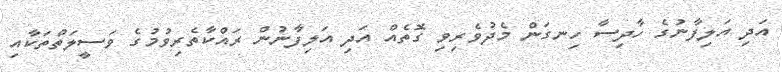
އަދި އަލިފާނުގެ ހާދިސާ ހިނގަން މެދުވެރިވި ގޮތެއް އަދި އަލިފާނުން ރައްކާތެރިވުމުގެ ވަސީލަތްތަކާއި